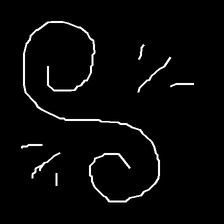
Glyph: wind-directs-air